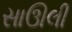
સાઊલી